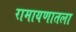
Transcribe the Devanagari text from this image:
रामायणातला